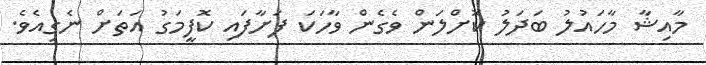
މާއިޝާ މާހައުލު ބަދަލު ކޮށްލަން ވެގެން ވާހަކަ ފަށާފައި ކޮފީމަގު އަތަށް ނެގިއެވެ.